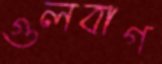
গুলবাগ